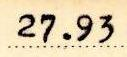
27.93